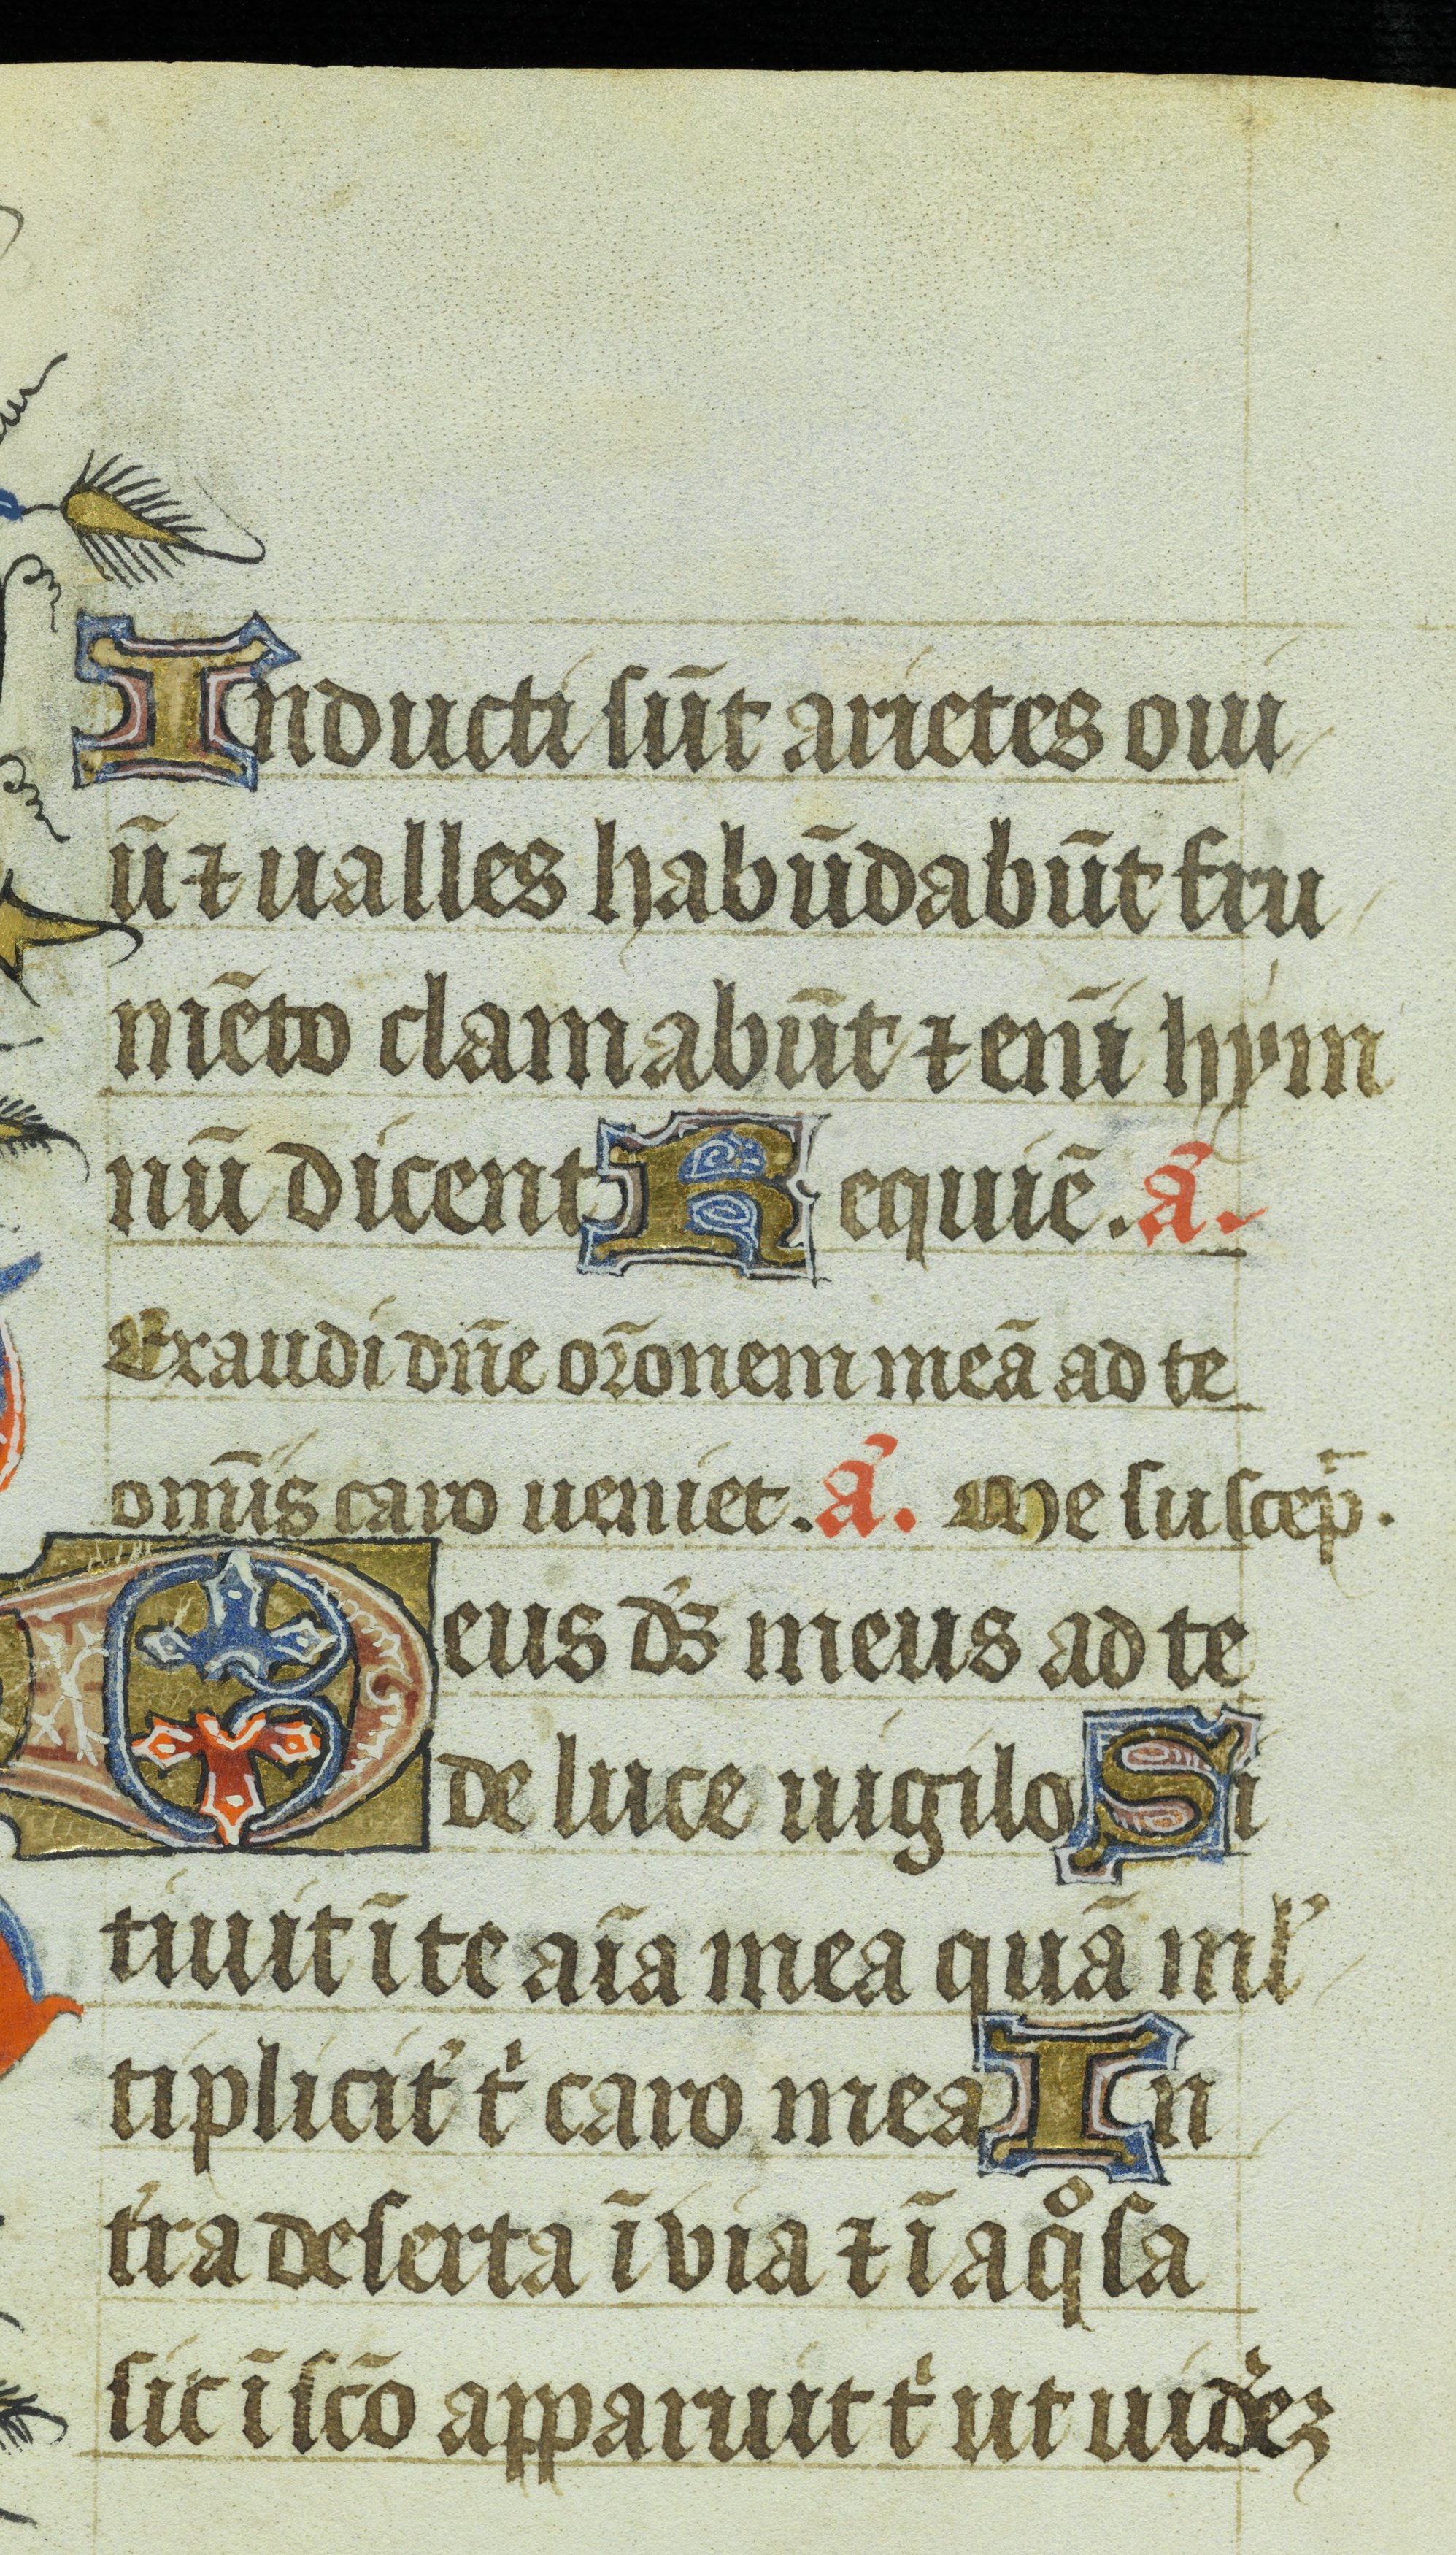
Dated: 1400–1449